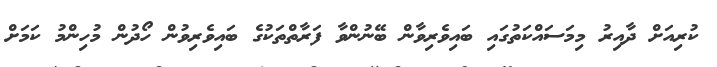
ކުރިއަށް ދާއިރު މިމަސައްކަތުގައި ބައިވެރިވާން ބޭނުންވާ ފަރާތްތަކުގެ ބައިވެރިވުން ހޯދުން މުހިންމު ކަމަށް